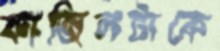
ফাজিলটাকে